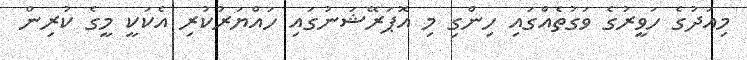
މިއަދުގެ ހަވީރުގެ ވަގުތެއްގައި ހިންގި މި އޮޕަރޭޝަނުގައި ހައްޔަރުކުރި އެކަކީ މީގެ ކުރިން